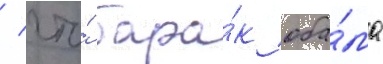
/ что́ бара́к оба́ма